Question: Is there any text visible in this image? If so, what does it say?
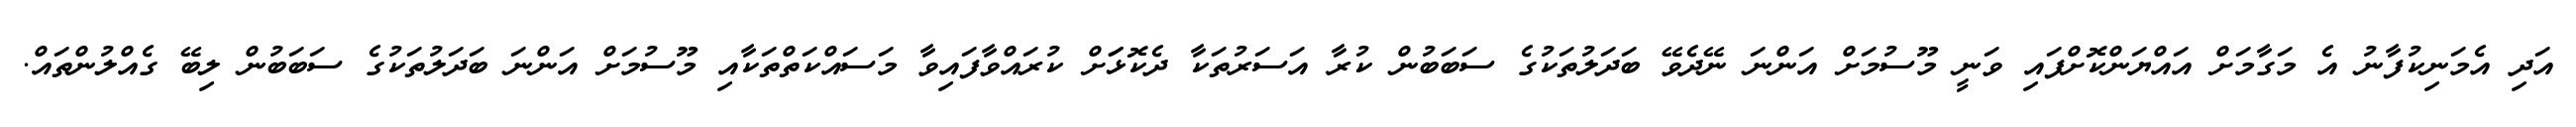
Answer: އަދި އެމަނިކުފާނު އެ މަގާމަށް އައްޔަންކޮށްފައި ވަނީ މޫސުމަށް އަންނަ ނޭދެވޭ ބަދަލުތަކުގެ ސަބަބުން ކުރާ އަސަރުތަކާ ދެކޮޅަަށް ކުރައްވާފައިވާ މަސައްކަތްތަކާއި މޫސުމަށް އަންނަ ބަދަލުތަކުގެ ސަބަބުން ލިބޭ ގެއްލުންތައް.